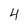
Character: 4